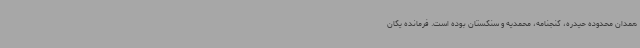
همدان محدوده حیدره، گنجنامه، محمدیه و سنگستان بوده است. فرمانده یگان